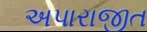
અપારાજીત